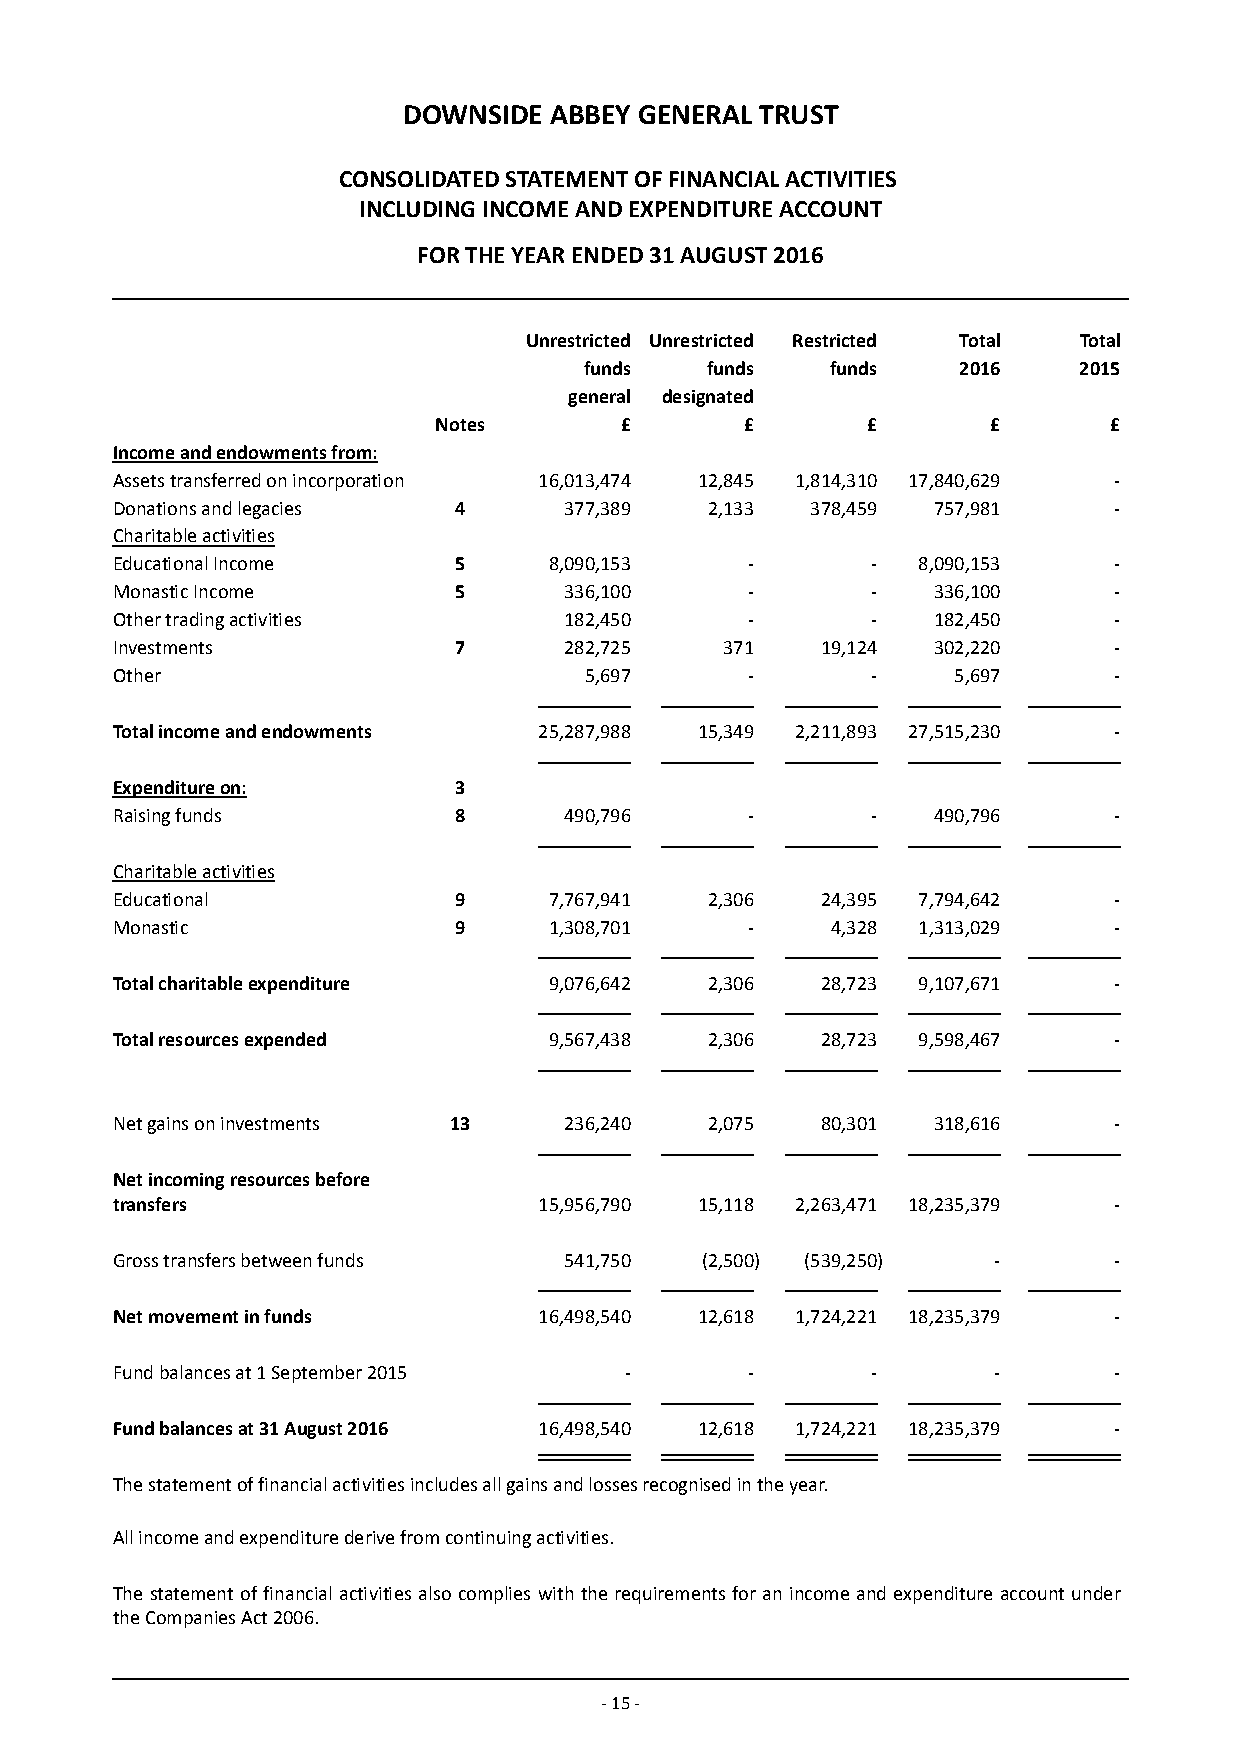
DOWNSIDE ABBEY GENERAL TRUST
 CONSOLIDATED STATEMENT OF FINANCIAL ACTIVITIES
 INCLUDING INCOME AND EXPENDITURE ACCOUNT
 FOR THE YEAR ENDED 31 AUGUST 2016
 Unrestricted Unrestricted Restricted Total Total
 funds   funds   funds   2016    2015
 general de signated
 Notes       £       £       £        £      £
 Income and endowments from:
 Assets transferred on incorporation 16,013,474 12,845 1,814,310 17,840,629 -
 Donations and legacies 4      377,389   2,133  378,459 757,981     -
 Charitable activities
 Educational Income     5     8,090,153    -        -  8,090,153    -
 Monastic Income        5      336,100     -        -   336,100     -
 Other t rading activities     182,450     -        -   182,450     -
 Investments            7      282,725    371   19,124  302,220     -
 Other                           5,697     -        -    5,697      -
 Total income and endowments  25,287,988 15,349 2,211,893 27,515,230 -
 Expenditure on:        3
 Raising funds          8      490,796     -        -   490,796     -
 Charitable activities
 Educational            9     7,767,941  2,306  24,395 7,794,642    -
 Monastic               9     1,308,701    -     4,328 1,313,029    -
 Total charitable expenditure 9,076,642  2,306  28,723 9,107,671    -
 Total resources expended     9,567,438  2,306  28,723 9,598,467    -
 Net gains on investments 13   236,240   2,075  80,301  318,616     -
 Net incoming resources before
 transfers                    15,956,790 15,118 2,263,471 18,235,379 -
 Gross transfers between funds 541,750  (2,500) (539,250)   -       -
 Net movement in funds        16,498,540 12,618 1,724,221 18,235,379 -
 Fund balances at 1 September 2015 -       -        -       -       -
 Fund balances at 31 August 2016 16,498,540 12,618 1,724,221 18,235,379 -
 The statement of financial activities includes all gains and losses recognised in the year.
 All income and expenditure derive from continuing activities.
 The statement of financial activities also complies with the requirements for an income and expenditure account under
 the Companies Act 2006.
 - 15 -